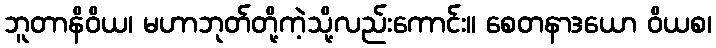
ဘူတာနိဝိယ၊ မဟာဘုတ်တို့ကဲ့သို့လည်းကောင်း။ စေတနာဒယော ဝိယစ၊